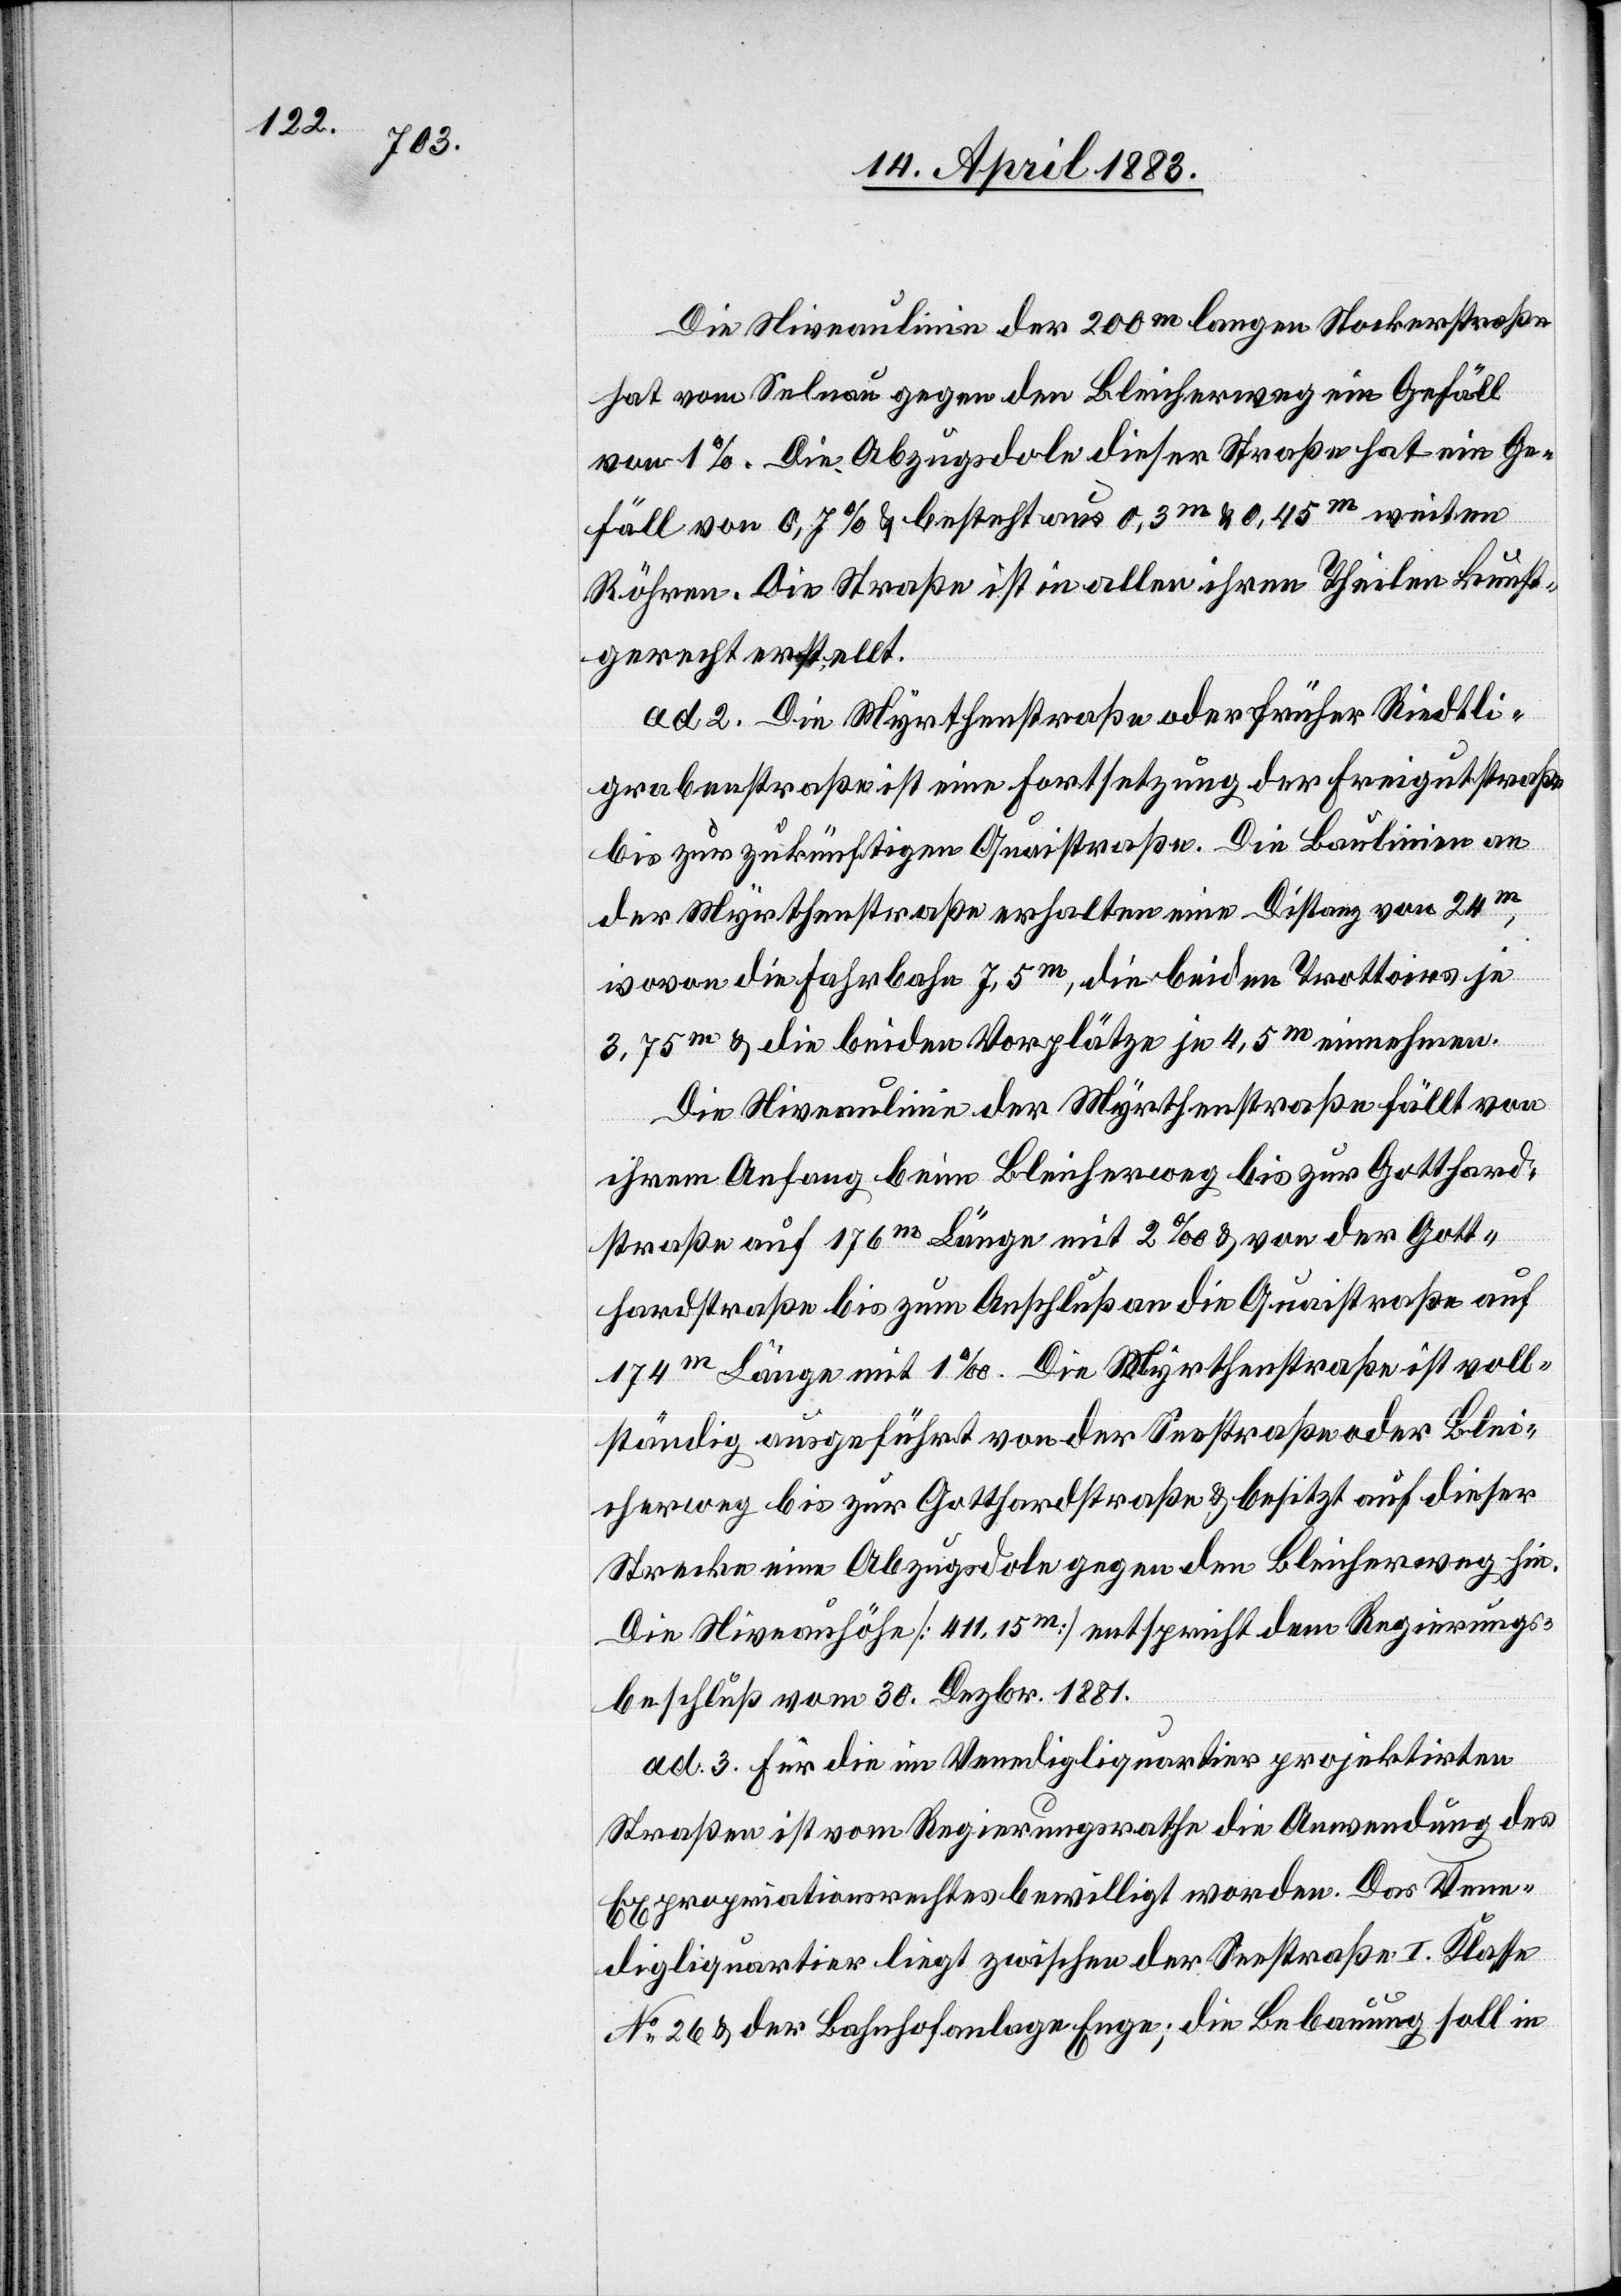
Die Niveaulinie der 200m langen Stockerstraße
hat vom Selnau gegen den Bleicherweg ein Gefäll
von 1%. Die Abzugsdole dieser Straße hat ein Ge¬
fäll von 0,7% & besteht aus 0,3m & 0,45m weiten
Röhren. Die Straße ist in allen ihren Theilen kunst¬
gerecht erstellt.
ad 2. Die Myrthenstraße oder früher Riedtli¬
grabenstraße ist eine Fortsetzung der Freigutstraße
bis zur zukünftigen Quaistraße. Die Baulinien an
der Myrthenstraße erhalten eine Distanz von 24m,
wovon die Fahrbahn 7,5m, die beiden Trottoirs je
3.75m & die beiden Vorplätze je 4,5m einnehmen.
Die Niveaulinien der Myrthenstraße fällt von
ihrem Anfang beim Bleicherweg bis zur Gotthard¬
straße auf 176m Länge mit 2‰ & von der Gott¬
hardstraße bis zum Anschluß an die Quaistraße auf
174m Länge mit 1‰. Die Myrthenstraße ist voll¬
ständig ausgeführt von der Seestraße oder Blei¬
cherweg bis zur Gotthardstraße & besitzt auf dieser
Strecke eine Abzugsdole gegen den Bleicherweg hin.
Die Niveauhöhe [411,15m] entspricht dem Regierungs¬
beschluß vom 30. Dezbr. 1881.
ad 3. Für die im Venedigliquartier projektiren
Straße ist vom Regierungsrathe die Anwendung des
Expropriationsrechtes bewilligt worden. Das Vene¬
digliquartier liegt zwischen der Seestraße I. Klasse
No 26 & der Bahnhofanlage Enge; die Bebauung soll in